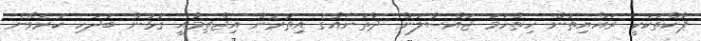
ޕާކްތަކަކީ ރައްޔިތުން ހިތްހަމަ ޖައްސާލަން ދާތަނެއްގެ އިތުރުން އިޖްތިމާއީ ގުޅުން ބަދަހި ކުރެވޭނެ